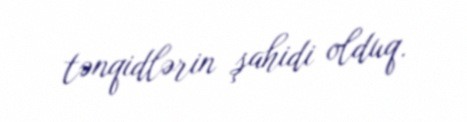
tənqidlərin şahidi olduq.